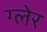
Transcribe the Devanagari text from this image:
ग्लेर